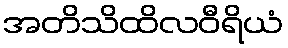
အတိသိထိလဝီရိယံ